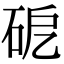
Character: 砨